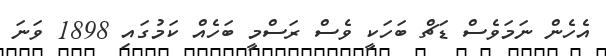
އެހެން ނަމަވެސް ޑަޗް ބަހަކީ ވެސް ރަސްމީ ބަހެއް ކަމުގައިިި 1898 ވަނަ